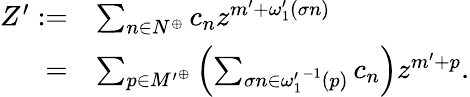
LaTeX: \begin{array}{rl}{Z^{\prime}:=}&{\sum_{n\in N^{\oplus}}c_{n}z^{m^{\prime}+\omega_{1}^{\prime}(\sigma n)}}\\ {=}&{\sum_{p\in{M^{\prime}}^{\oplus}}\left(\sum_{\sigma n\in{\omega_{1}^{\prime}}^{-1}(p)}c_{n}\right)z^{m^{\prime}+p}.}\end{array}